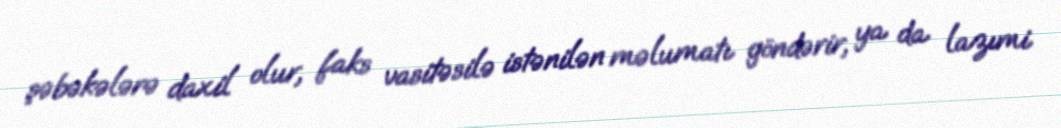
şəbəkələrə daxil olur, faks vasitəsilə istənilən məlumatı göndərir, ya da lazımi